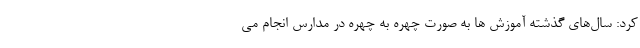
کرد: سال‌های گذشته آموزش ها به صورت چهره به چهره در مدارس انجام می